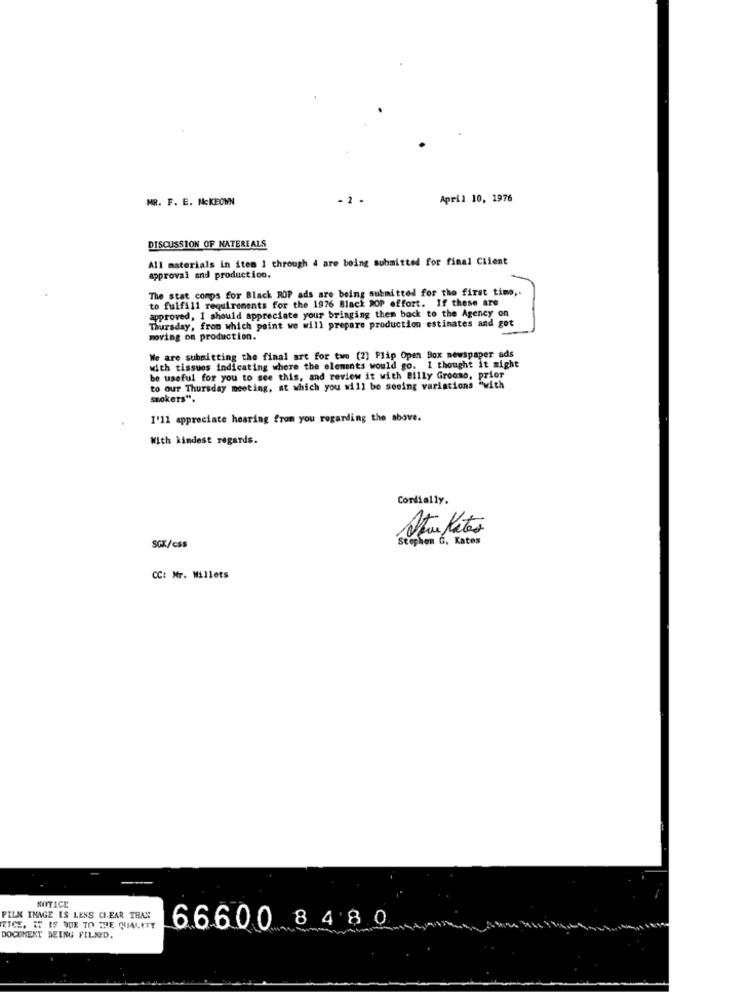
MR. F. E. NcKEOWN
- 2 -
April 10, 1976
DISCUSSION OF NATEREALS
All materials in item 1 through 4 are being submitted for final Client
approval and production.
The stat comps for Black ROP ads are being submitted for the first time ,.
to fulfill requirements for the 1976 Black ROP effort. If these are
approved, 1 should appreciate your bringing them back to the Agency on
Thursday, from which point we will prepare production estimates and got
moving on production.
We are submitting the final art for two (2) Flip Open Box newspaper ads
with tissues indicating where the elements would go. I thought it might
be useful for you to see this, and review it with Billy Groomo, prior
to our Thursday meeting, at which you will be seeing variations "with
smokers".
1'11 appreciate hearing from you regarding the above.
With kindest regards.
Cordially.
Stephen G. Kates
SGK/css
CC: Mr. Millets
NOTICE
FILK IMAGE IS LENS CLEAR THAN
ETCE, W IS DUE TO THE QUALITY
66600 8480
DOCUMENT DEING FILSID.